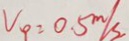
V _ { \rho } = 0 . 5 m / s